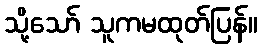
သို့သော် သူကမထုတ်ပြန်။